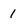
Character: 1